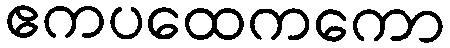
ဧကပထေကကော